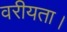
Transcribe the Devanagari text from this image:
वरीयता।